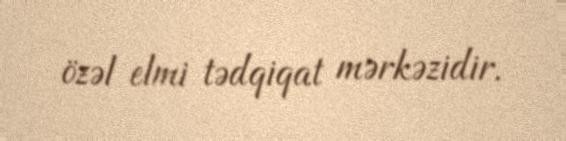
özəl elmi tədqiqat mərkəzidir.